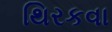
થિરકવા